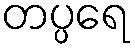
တပ္ပရေ